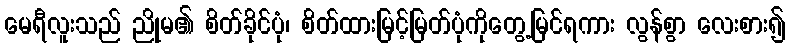
မေရီလူးသည် ညိုမ၏ စိတ်ခိုင်ပုံ၊ စိတ်ထားမြင့်မြတ်ပုံကိုတွေ့မြင်ရကား လွန်စွာ လေးစား၍